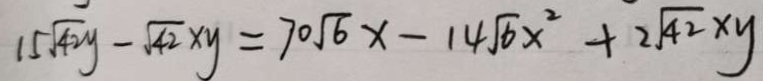
1 5 \sqrt { 4 2 } y - \sqrt { 4 2 } x y = 7 0 \sqrt { 6 } x - 1 4 \sqrt { 6 } x ^ { 2 } + 2 \sqrt { 4 2 } x y